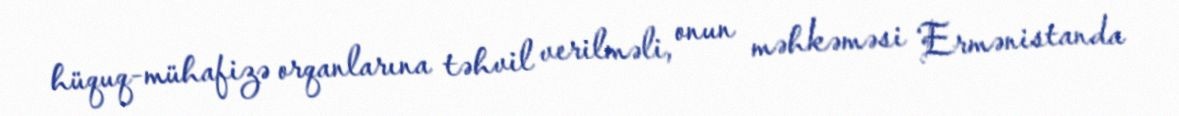
hüquq-mühafizə orqanlarına təhvil verilməli, onun məhkəməsi Ermənistanda